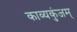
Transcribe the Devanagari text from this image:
काव्यकुंजम्